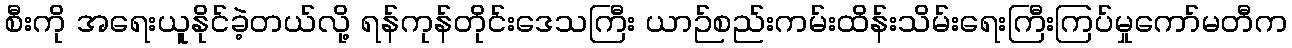
စီးကို အရေးယူနိုင်ခဲ့တယ်လို့ ရန်ကုန်တိုင်းဒေသကြီး ယာဉ်စည်းကမ်းထိန်းသိမ်းရေးကြီးကြပ်မှုကော်မတီက